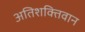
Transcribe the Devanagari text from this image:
अतिशक्तिवान